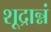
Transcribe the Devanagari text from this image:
शूद्रान्नं